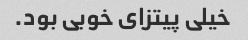
خیلی پیتزای خوبی بود.